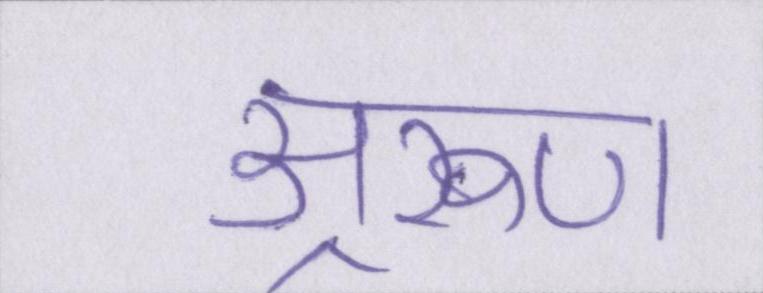
अ्ररूण